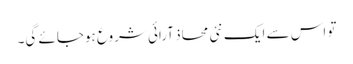
تو اس سے ایک نئی محاذ آرائی شروع ہوجائے گی۔